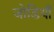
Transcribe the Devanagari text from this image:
जोडियाँ